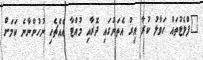
"ފްލެޓުތައް ހަވާލު ކުރާ އިރު އެތަނުގައި ދޮރާއި މުއްޓާ އެއްޗެހި ނުހުންނާނެ ކަމަށް